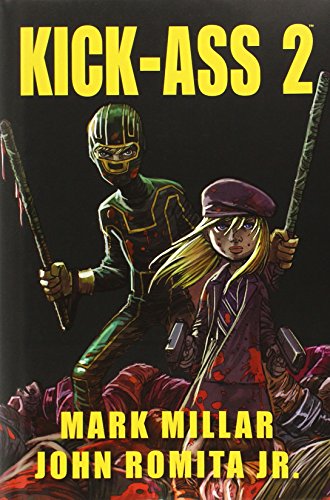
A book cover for Kick-Ass 2; Mark Millar; Comics & Graphic Novels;